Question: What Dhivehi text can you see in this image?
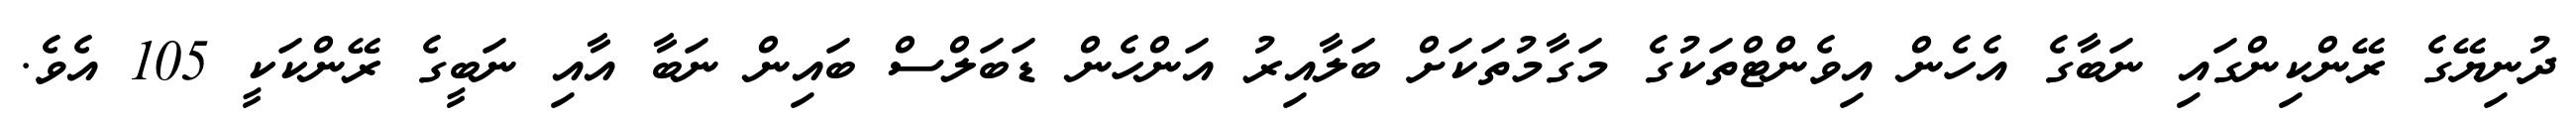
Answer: ދުނިޔޭގެ ރޭންކިންގައި ނަބާގެ އެހެން އިވެންޓްތަކުގެ މަގާމުތަކަށް ބަލާއިރު އަންހެން ޑަބަލްސް ބައިން ނަބާ އާއި ނަބީގެ ރޭންކަކީ 105 އެވެ.